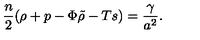
{ \frac { n } { 2 } } ( \rho + p - { \Phi \tilde { \rho } } - T s ) = { \frac { \gamma } { a ^ { 2 } } } .